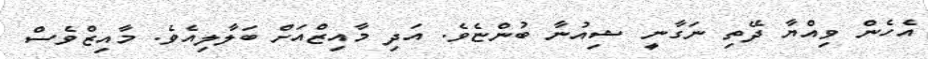
އެހެން ވިއްޔާ ދޭތި ނަގާނީ ޝިއުނާ ބުންޏެވެ. އަދި މާއިޒްއަށް ބަލާލިއެވެ. މާއިޒްވެސް